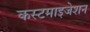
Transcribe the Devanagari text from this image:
कस्टमाइजेशन